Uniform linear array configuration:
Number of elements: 8
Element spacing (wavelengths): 0.5
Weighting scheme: kaiser
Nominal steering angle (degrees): -60
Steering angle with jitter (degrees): -58.89
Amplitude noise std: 0.05
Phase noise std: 0.05

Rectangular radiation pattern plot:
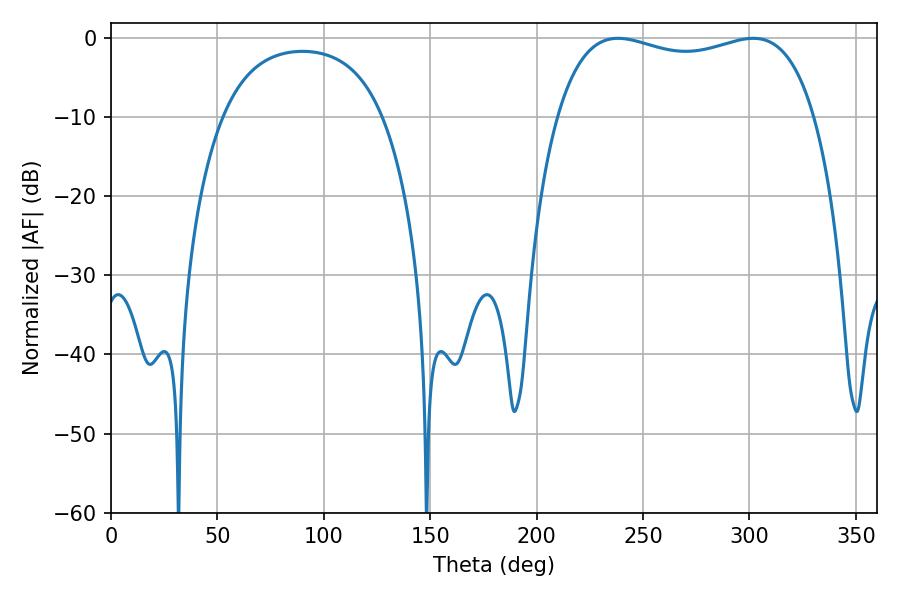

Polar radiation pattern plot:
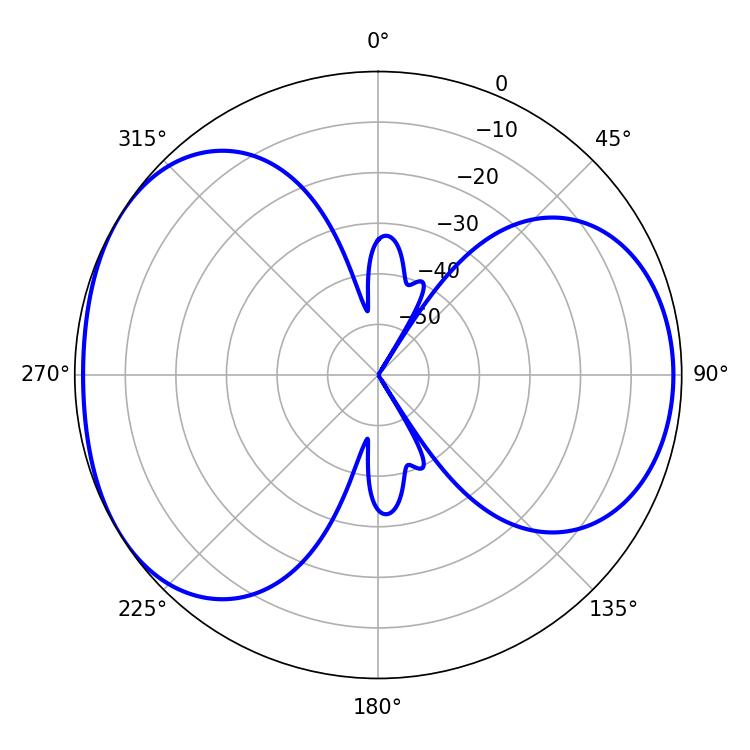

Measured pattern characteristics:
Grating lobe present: FALSE
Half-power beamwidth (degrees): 98.64
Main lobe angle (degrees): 238.32